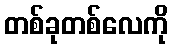
တစ်ခုတစ်လေကို